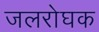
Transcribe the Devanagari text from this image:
जलरोघक